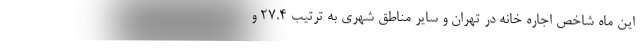
این ماه شاخص اجاره خانه در تهران و سایر مناطق شهری به ترتیب ۲۷.۴ و